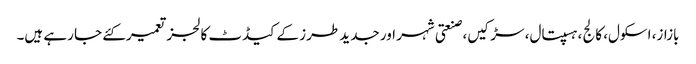
بازاز، اسکول، کالج ،ہسپتال، سڑکیں، صنعتی شہر اور جدید طرز کے کیڈٹ کالجز تعمیرکئے جا رہے ہیں۔